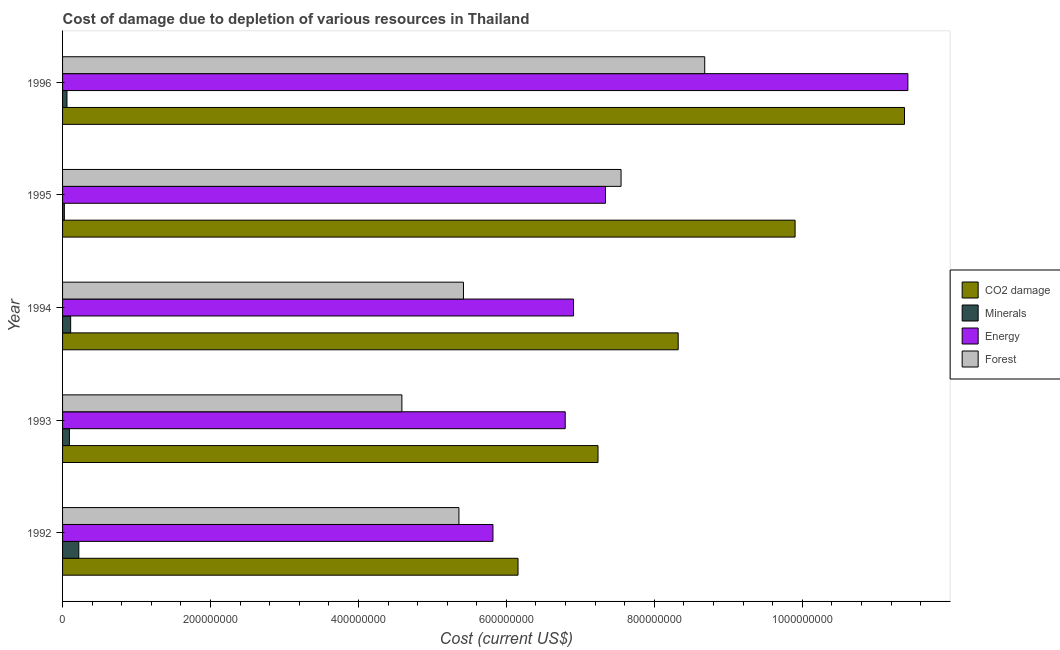
| Year | CO2 damage | Minerals | Energy | Forest |
 | --- | --- | --- | --- | --- |
 | 1992 | 6.16e+08 | 2.2e+07 | 5.82e+08 | 5.36e+08 |
 | 1993 | 7.24e+08 | 9.28e+06 | 6.8e+08 | 4.59e+08 |
 | 1994 | 8.32e+08 | 1.09e+07 | 6.91e+08 | 5.42e+08 |
 | 1995 | 9.9e+08 | 2.41e+06 | 7.34e+08 | 7.55e+08 |
 | 1996 | 1.14e+09 | 5.95e+06 | 1.14e+09 | 8.68e+08 |